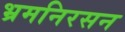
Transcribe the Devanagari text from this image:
भ्रमनिरसन